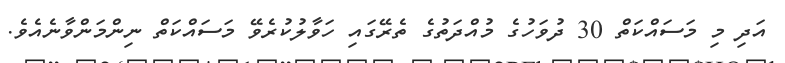
އަދި މި މަސައްކަތް 30 ދުވަހުގެ މުއްދަތުގެ ތެރޭގައި ހަވާލުކުރެވޭ މަސައްކަތް ނިންމަންވާނެއެވެ.